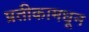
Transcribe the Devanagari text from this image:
प्रतीकामधून